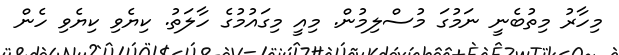
މިހާރު މިތުބެނީ ނަމުގަ މުސްލިމުން. މިއީ މިގައުމުގެ ހާލަތު. ކިޔެވި ކިޔެވި ހެން